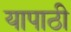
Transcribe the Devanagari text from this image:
यापाठी